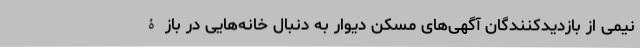
نیمی از بازدیدکنندگان آگهی‌های مسکن دیوار به دنبال خانه‌هایی در بازۀ